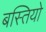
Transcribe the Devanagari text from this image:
बस्‍तियो